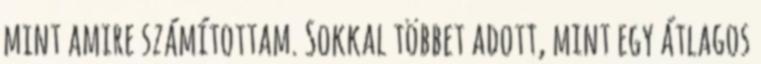
mint amire számítottam. Sokkal többet adott, mint egy átlagos